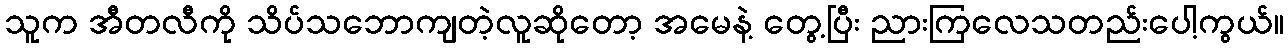
သူက အီတလီကို သိပ်သဘောကျတဲ့လူဆိုတော့ အမေနဲ့ တွေ့ပြီး ညားကြလေသတည်းပေါ့ကွယ်။